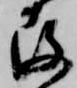
存